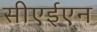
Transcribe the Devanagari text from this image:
सीएईएन